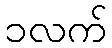
၁လက်